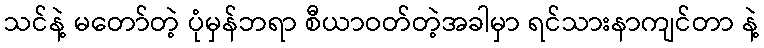
သင်နဲ့ မတော်တဲ့ ပုံမှန်ဘရာ စီယာဝတ်တဲ့အခါမှာ ရင်သားနာကျင်တာ နဲ့